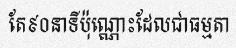
តែ៩០នាទីប៉ុណ្ណោះដែលជាធម្មតា